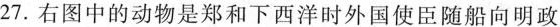
27.右图中的动物是郑和下西洋时外国使臣随船向明政